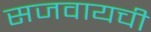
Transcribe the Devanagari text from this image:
सजवायची